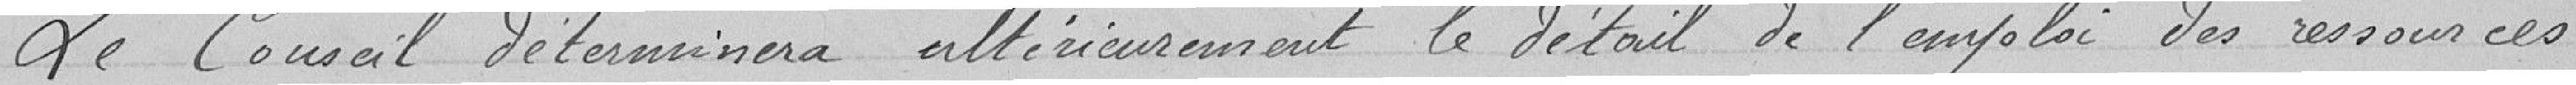
Le Conseil déterminera ultérieurement le détail de l'emploi des ressources